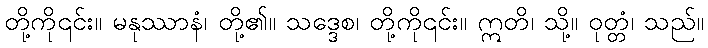
တို့ကို၎င်း။ မနုဿာနံ၊ တို့၏။ သဒ္ဒေစ၊ တို့ကို၎င်း။ ဣတိ၊ သို့။ ဝုတ္တံ၊ သည်။